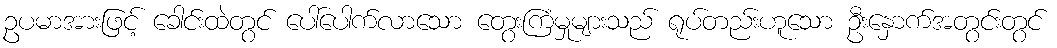
ဥပမာအားဖြင့် ခေါင်းထဲတွင် ပေါ်ပေါက်လာသော တွေးကြံမှုများသည် ရုပ်တည်းဟူသော ဦးနှောက်အတွင်းတွင်